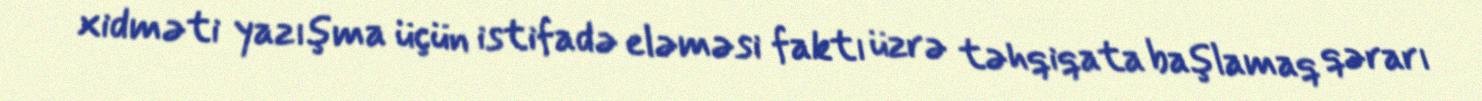
xidməti yazışma üçün istifadə eləməsi faktı üzrə təhqiqata başlamaq qərarı